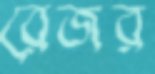
রেজর